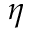
\eta